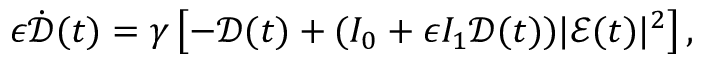
\begin{array} { r } { \epsilon \dot { \mathcal { D } } ( t ) = \gamma \left[ - \mathcal { D } ( t ) + ( I _ { 0 } + \epsilon I _ { 1 } \mathcal { D } ( t ) ) | \mathcal { E } ( t ) | ^ { 2 } \right] , } \end{array}